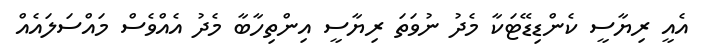
އެއީ ރިޔާސީ ކެންޑިޑޭޓަކާ މެދު ނުވަތަ ރިޔާސީ އިންތިހާބާ މެދު އެއްވެސް މައްސަލައެއް